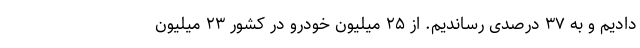
دادیم و به ۳۷ درصدی رساندیم. از ۲۵ میلیون خودرو در کشور ۲۳ میلیون